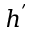
h ^ { ' }